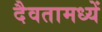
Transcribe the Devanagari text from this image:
दैवतामध्यें